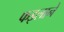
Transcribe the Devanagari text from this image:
फइलाने